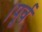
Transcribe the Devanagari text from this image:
।पूर्व